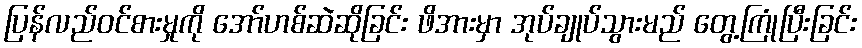
ပြန်လည်ဝင်စားမှုကို အော်ဟစ်ဆဲဆိုခြင်း ဖိအားမှာ အုပ်ချုပ်သွားမည် တွေ့ကြုံပြီးခြင်း